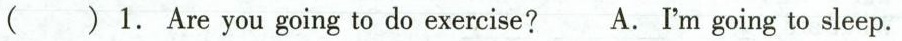
( ) 1. Are you going to do exercise? A.I'm going to sleep.